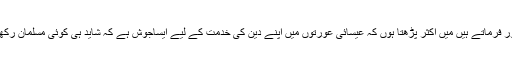
حضورؑ فرماتے ہیں میں اکثر پڑھتا ہوں کہ عیسائی عورتوں میں اپنے دین کی خدمت کے لیے ایساجوش ہے کہ شاید ہی کوئی مسلمان رکھتا ہو۔